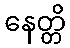
နေတ္တိ